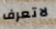
لاتعرف